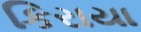
કિરાયા